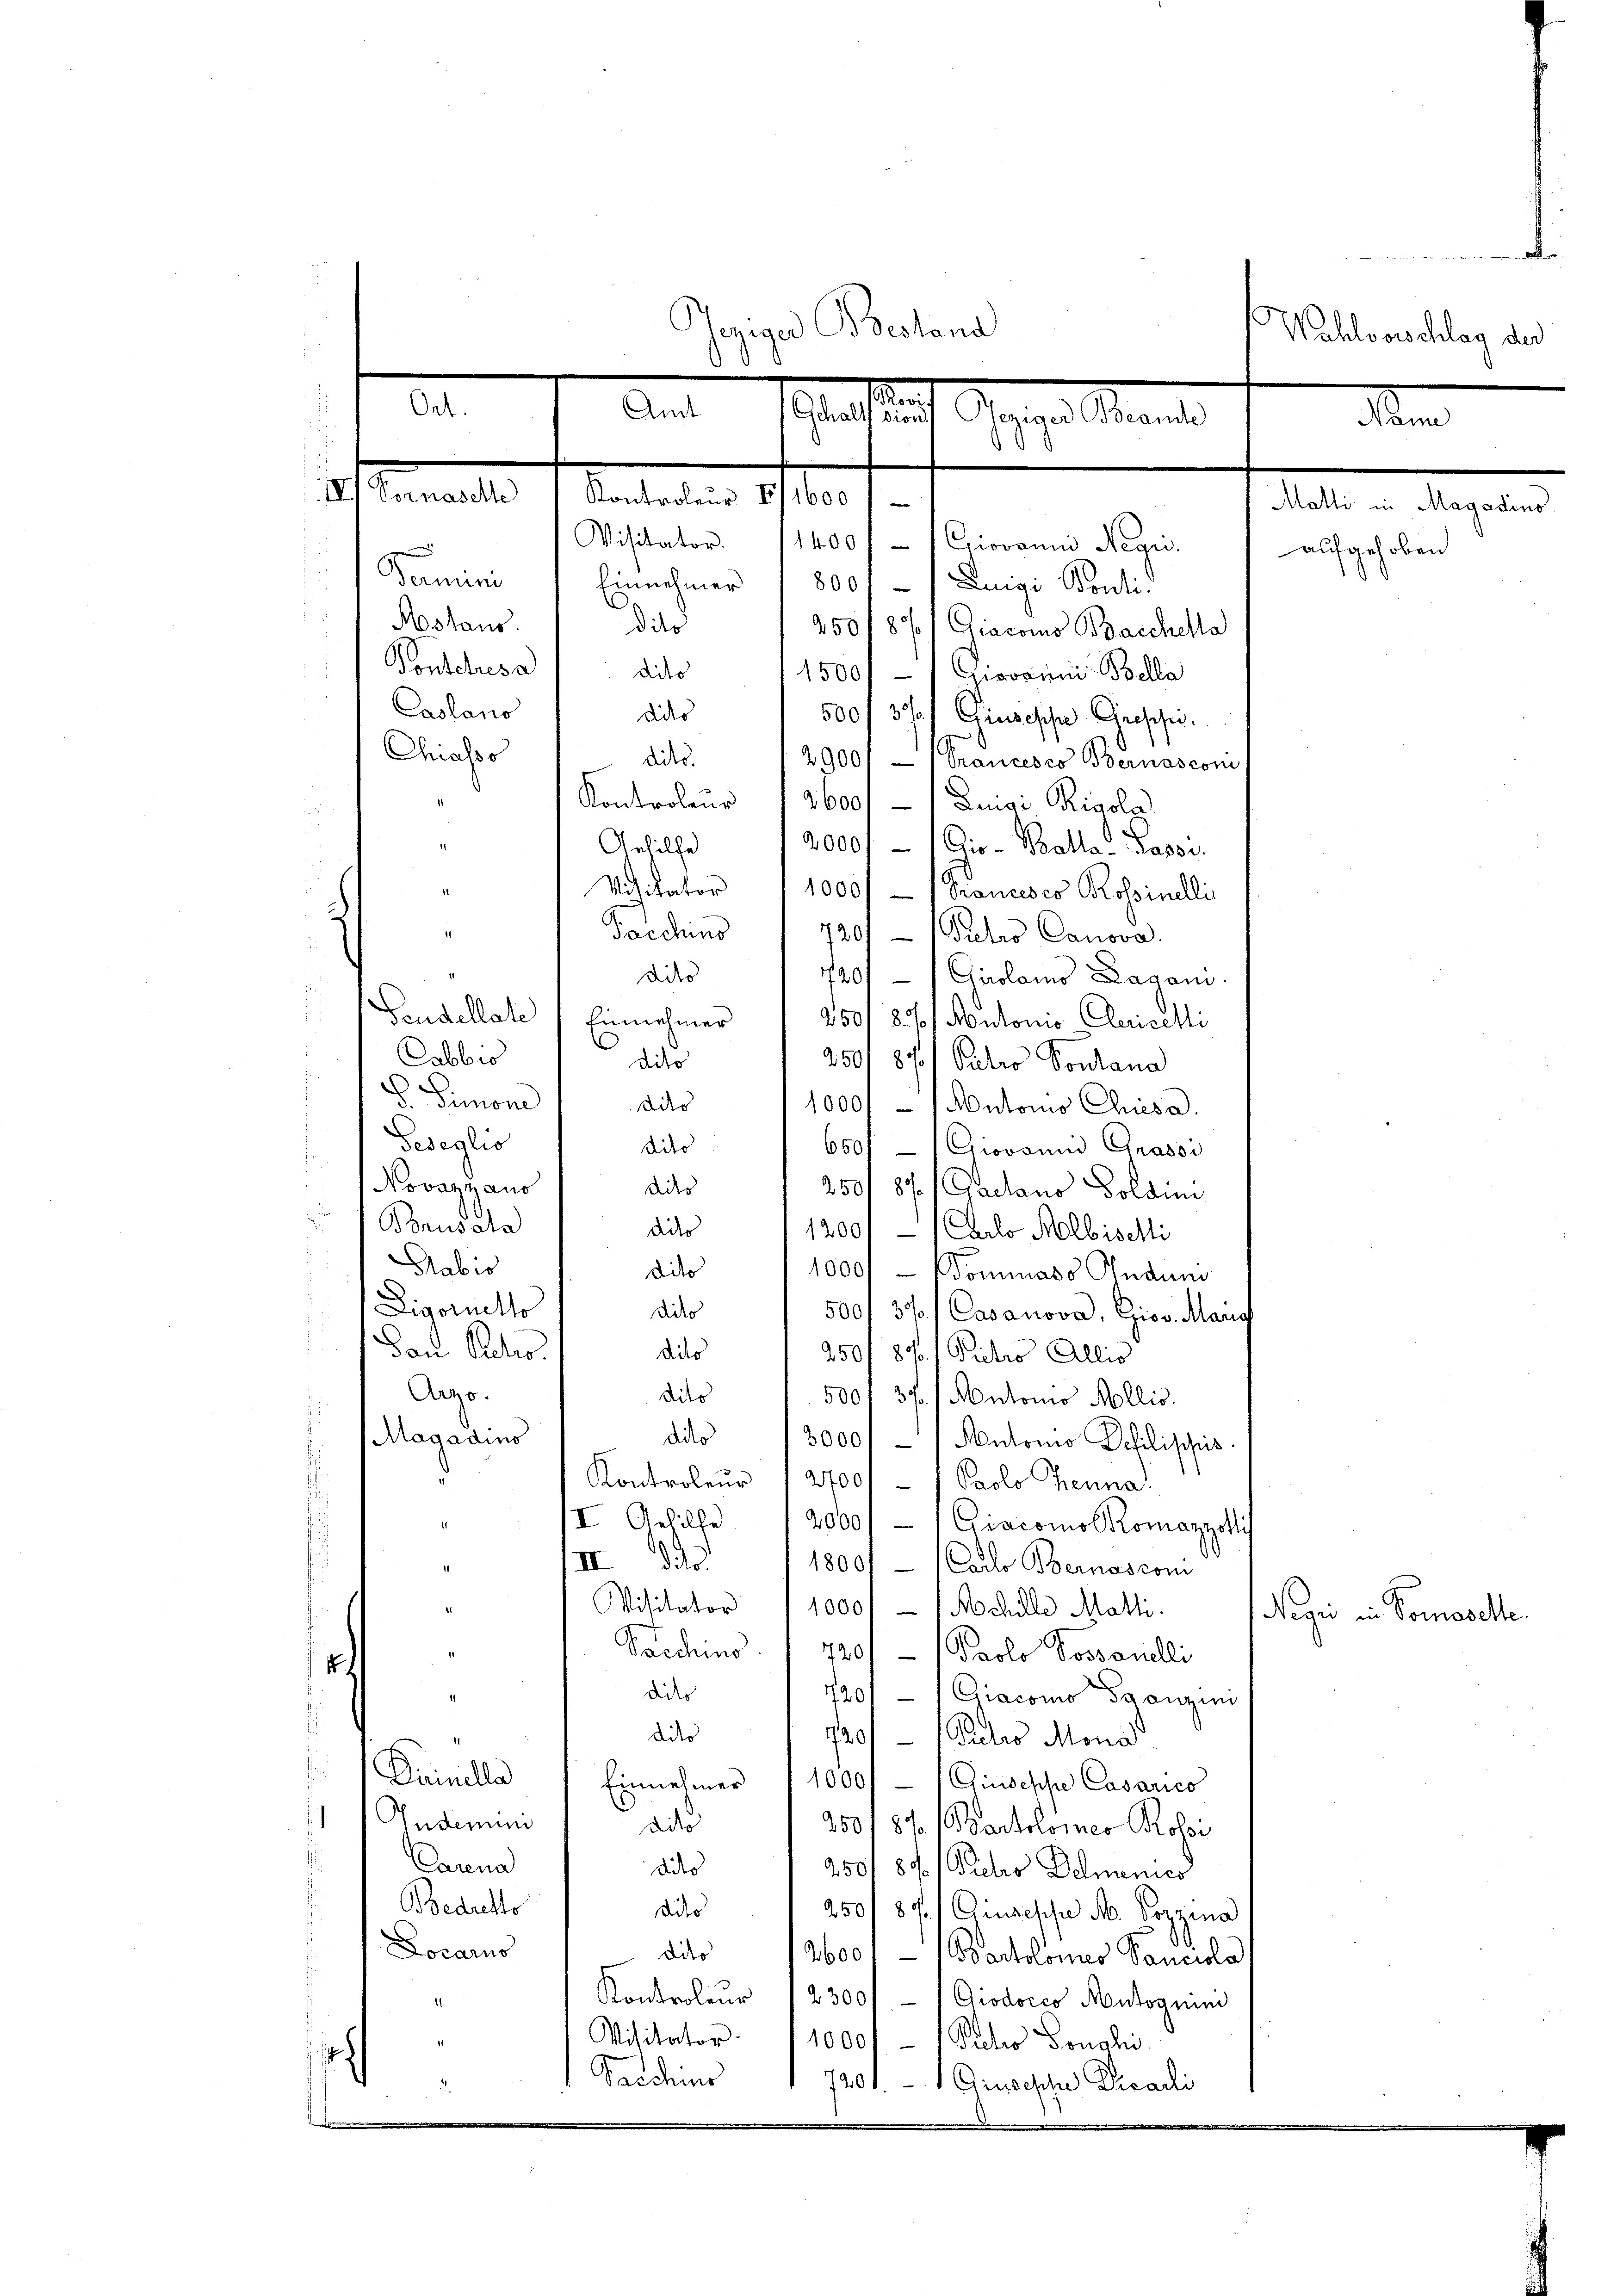
n
Gegige Bestand
Wahlvorschlag der
Ort.
Ant. Statten
Gegen ande
m
IV
Sumale 1. Anstandern 1710 f.
Matti in Magadins
Visitator. (1400) (Giovanni Negri
e
aufgehoben
Termini
Einnehmer 1800 - 1 Luigi Ponti.
Aostans.
dito
250187/ Giacoms Bacchella
Ponsches a
dito
1500//Giovaii Bella
Caslano
dito
500, 37/ Giuseppe Grepsi.
Chiasso
dies
2900/ - (Trancesco Bernascom
Kontroleur 12600/1 Lengi Tivole
1
2000//Gio- Balla - Jasse.
Gehilfe
2
Visitator 11000f - (Trancesco Rossinelli
2

1
720/ (Pretro Canova
720/  Girolamo Lagam.
s
Gaudellate (Einnehmer
250/83/ Autonio Alaricelli
Cabbio
250187/ Patro Pontana
G. Simone
dito
1000/ / Autoris Chiesa.
Peseolio
dder
.
650/  Giovanni Grassi
.
Novazzaus
dicto
250/ 87 (Gadans Goldin
Bonusata
dicks
1200/ Carlo Nolbiselli
.
Sabis
dito
1000/ Nominaso Judum
Ligoretto
dielo
500/ 371 Casanova, Gios. Mang
Dan Scho
dito
250f 87 f. Pietro Allis
Arzo-
dito
500 f 37 / Autoris Mollis.
dido
Magazins
3000/ / Autonio Pehilisches.
Kontroleŭr " 2700/ - ) Paolo henna
II Gehilfe 12000f / Giacomol Komanzolli
d
VIII dito.
1800/ (Carto Bernascom
Visitator 1000.- (Achille Matti.
4
Pacchino 720 f - Paolo Vossanelli
1
dito
720/ Giacomo Saanzini
dito
720/1 Petro Mona
Darinelle 1 Einnehmer 11000f - (Einsesche Casarico
Anderun
ais
250/ 87 (Bartolomeo Rossi
Carena
dito
250/ 80. / Siehes Delmenico
Bedretto
dito
250' 87/ Ciuseppe M. Pozzina
.
Locarus
dito 12600 - (Bartolomes Sancola
Kontroleur 12300/ -  Giodocco Autogium
Visitator
1000 Petro Bonahi
h
Sacchius
7201.   Giuseph Vicadli

Sacchino
dito
dito

Negi in Pomasette.